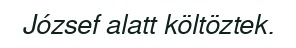
József alatt költöztek.